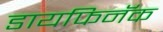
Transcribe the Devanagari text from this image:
डायफिनॅक